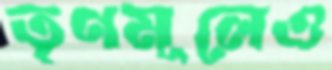
তৃণমূলেও